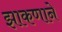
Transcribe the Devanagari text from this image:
झाकणाने